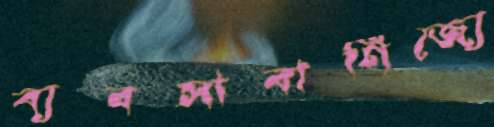
ব্যবসাবাণিজ্যে